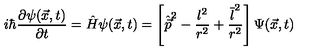
i \hbar { \frac { \partial \psi ( \vec { x } , t ) } { \partial t } } = \hat { H } \psi ( \vec { x } , t ) = \left[ \hat { \vec { p } } \sp 2 - { \frac { l ^ { 2 } } { r ^ { 2 } } } + { \frac { \overline { { l } } \sp 2 } { r ^ { 2 } } } \right] \Psi ( \vec { x } , t )